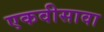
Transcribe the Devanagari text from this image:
एकवीसावा